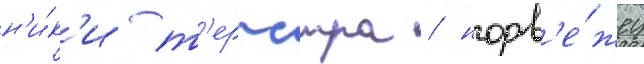
н'и́к'и т'ерпстра / норв'е́жец